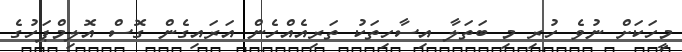
މީހަކަށް ނުވެ ހުރި މި ބަތަލާ އިސާހިތަކު ތަރިއެއްހެން އަރައިގެން ގޮސް އޮލިމްޕަހުގެ